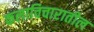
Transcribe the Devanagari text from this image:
कलाविचारातील